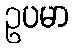
ဥပမာ